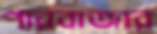
পারবাজার